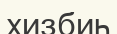
хизбиһ